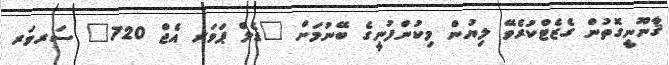
ޤާނޫނީގޮތުން ގެޒެޓްކުރެވޭ ލިޔުން މިކުންފުނީގެ ބޭނުމަށް "ޑެލް ޕަވަރ އެޖް 720" ސަރވަރ